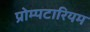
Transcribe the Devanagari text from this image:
प्रोम्पटारियम